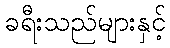
ခရီးသည်များနှင့်